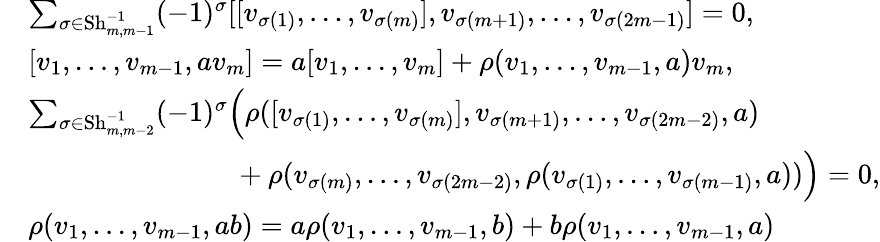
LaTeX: \begin{array}{rl}&{\sum_{\sigma\in\operatorname{Sh}_{m,m-1}^{-1}}(-1)^{\sigma}[[v_{\sigma(1)},\dotsc,v_{\sigma(m)}],v_{\sigma(m+1)},\dotsc,v_{\sigma(2m-1)}]=0,}\\ &{[v_{1},\dotsc,v_{m-1},av_{m}]=a[v_{1},\dotsc,v_{m}]+\rho(v_{1},\dotsc,v_{m-1},a)v_{m},}\\ &{\sum_{\sigma\in\operatorname{Sh}_{m,m-2}^{-1}}(-1)^{\sigma}\Big(\rho([v_{\sigma(1)},\dotsc,v_{\sigma(m)}],v_{\sigma(m+1)},\dotsc,v_{\sigma(2m-2)},a)}\\ &{\ \ \ \ \ \ \ \ \ \ \ \ \ \ \ \ \ \ \ \ \ \ \ \ \ \ \ \ \ +\rho(v_{\sigma(m)},\dotsc,v_{\sigma(2m-2)},\rho(v_{\sigma(1)},\dotsc,v_{\sigma(m-1)},a))\Big)=0,}\\ &{\rho(v_{1},\dotsc,v_{m-1},ab)=a\rho(v_{1},\dotsc,v_{m-1},b)+b\rho(v_{1},\dotsc,v_{m-1},a)}\end{array}